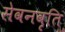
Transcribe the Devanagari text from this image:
सेवनवृति